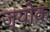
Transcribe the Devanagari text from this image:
ज्योक